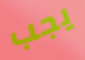
يجب